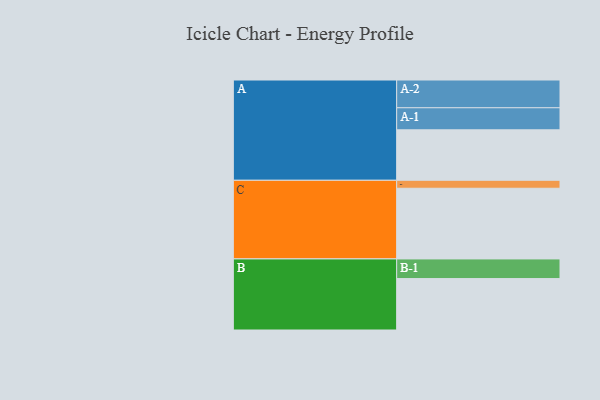
{"axis": {"x": "Segment", "y": "Value"}, "legend": ["", "A", "B", "C"], "data": [{"x": "A", "y": 380, "type": ""}, {"x": "B", "y": 387, "type": ""}, {"x": "C", "y": 532, "type": ""}, {"x": "A-1", "y": 166, "type": "A"}, {"x": "A-2", "y": 209, "type": "A"}, {"x": "B-1", "y": 148, "type": "B"}, {"x": "C-1", "y": 60, "type": "C"}]}